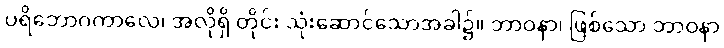
ပရိဘောဂကာလေ၊ အလိုရှိ တိုင်း သုံးဆောင်သောအခါ၌။ ဘာဝနာ၊ ဖြစ်သော ဘာဝနာ